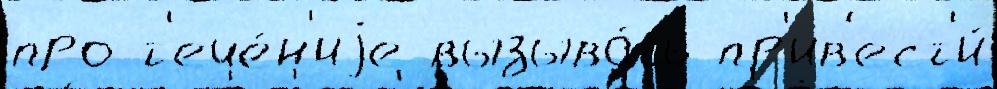
про т'ече́н'иjе вызыва́ть пр'ив'ест'и́